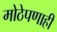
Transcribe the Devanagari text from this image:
मोठेपणाही